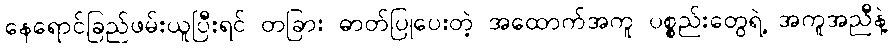
နေရောင်ခြည်ဖမ်းယူပြီးရင် တခြား ဓာတ်ပြုပေးတဲ့ အထောက်အကူ ပစ္စည်းတွေရဲ့ အကူအညီနဲ့